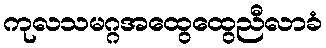
ကုလသမဂ္ဂအထွေထွေညီလာခံ